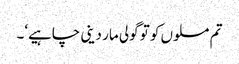
تم مسلوں کو تو گولی مار دینی چاہیے‘۔